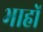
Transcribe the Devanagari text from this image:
भाहों